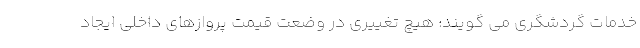
خدمات گردشگری می گویند: هیچ تغییری در وضعت قیمت پروازهای داخلی ایجاد